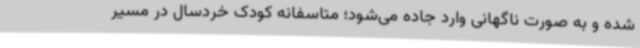
شده و به صورت ناگهانی وارد جاده می‌شود؛ متاسفانه کودک خردسال در مسیر